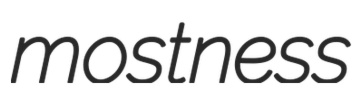
mostness